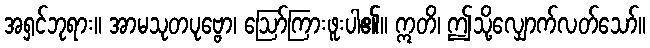
အရှင်ဘုရား။ အာမသုတပုဗ္ဗော၊ ဩော်ကြားဖူးပါ၏။ ဣတိ၊ ဤသို့လျှောက်လတ်သော်။